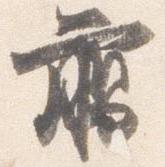
臈